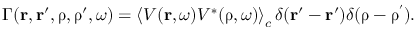
\Gamma ( \boldsymbol { \mathbf { r } } , \boldsymbol { \mathbf { r } } ^ { \prime } , \boldsymbol { \mathbf { \uprho } } , \boldsymbol { \mathbf { \uprho } } ^ { \prime } , \omega ) = \left\langle V ( \boldsymbol { \mathbf { r } } , \omega ) V ^ { * } ( \boldsymbol { \mathbf { \uprho } } , \omega ) \right\rangle _ { c } \delta ( \boldsymbol { \mathbf { r } } ^ { \prime } - \boldsymbol { \mathbf { r } } ^ { \prime } ) \delta ( \boldsymbol { \mathbf { \uprho } } - \boldsymbol { \mathbf { \uprho ^ { \prime } } } ) .